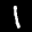
Label: 1